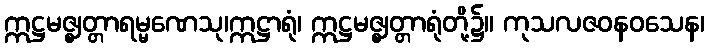
ဣဋ္ဌမဇ္ဈတ္တာရမ္မဏေသု၊ဣဋ္ဌာရုံ၊ ဣဋ္ဌမဇ္ဈတ္တာရုံတို့၌။ ကုသလဇဝနဝသေန၊